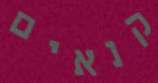
קנאים